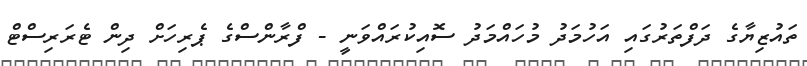
ތައުޒިޔާގެ ދަފްތަރުގައި އަހުމަދު މުހައްމަދު ސޮއިކުރައްވަނީ - ފްރާންސްގެ ޕެރިހަށް ދިން ޓެރަރިސްޓް